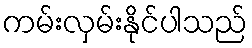
ကမ်းလှမ်းနိုင်ပါသည်